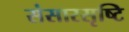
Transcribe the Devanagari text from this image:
संसारसृष्टि